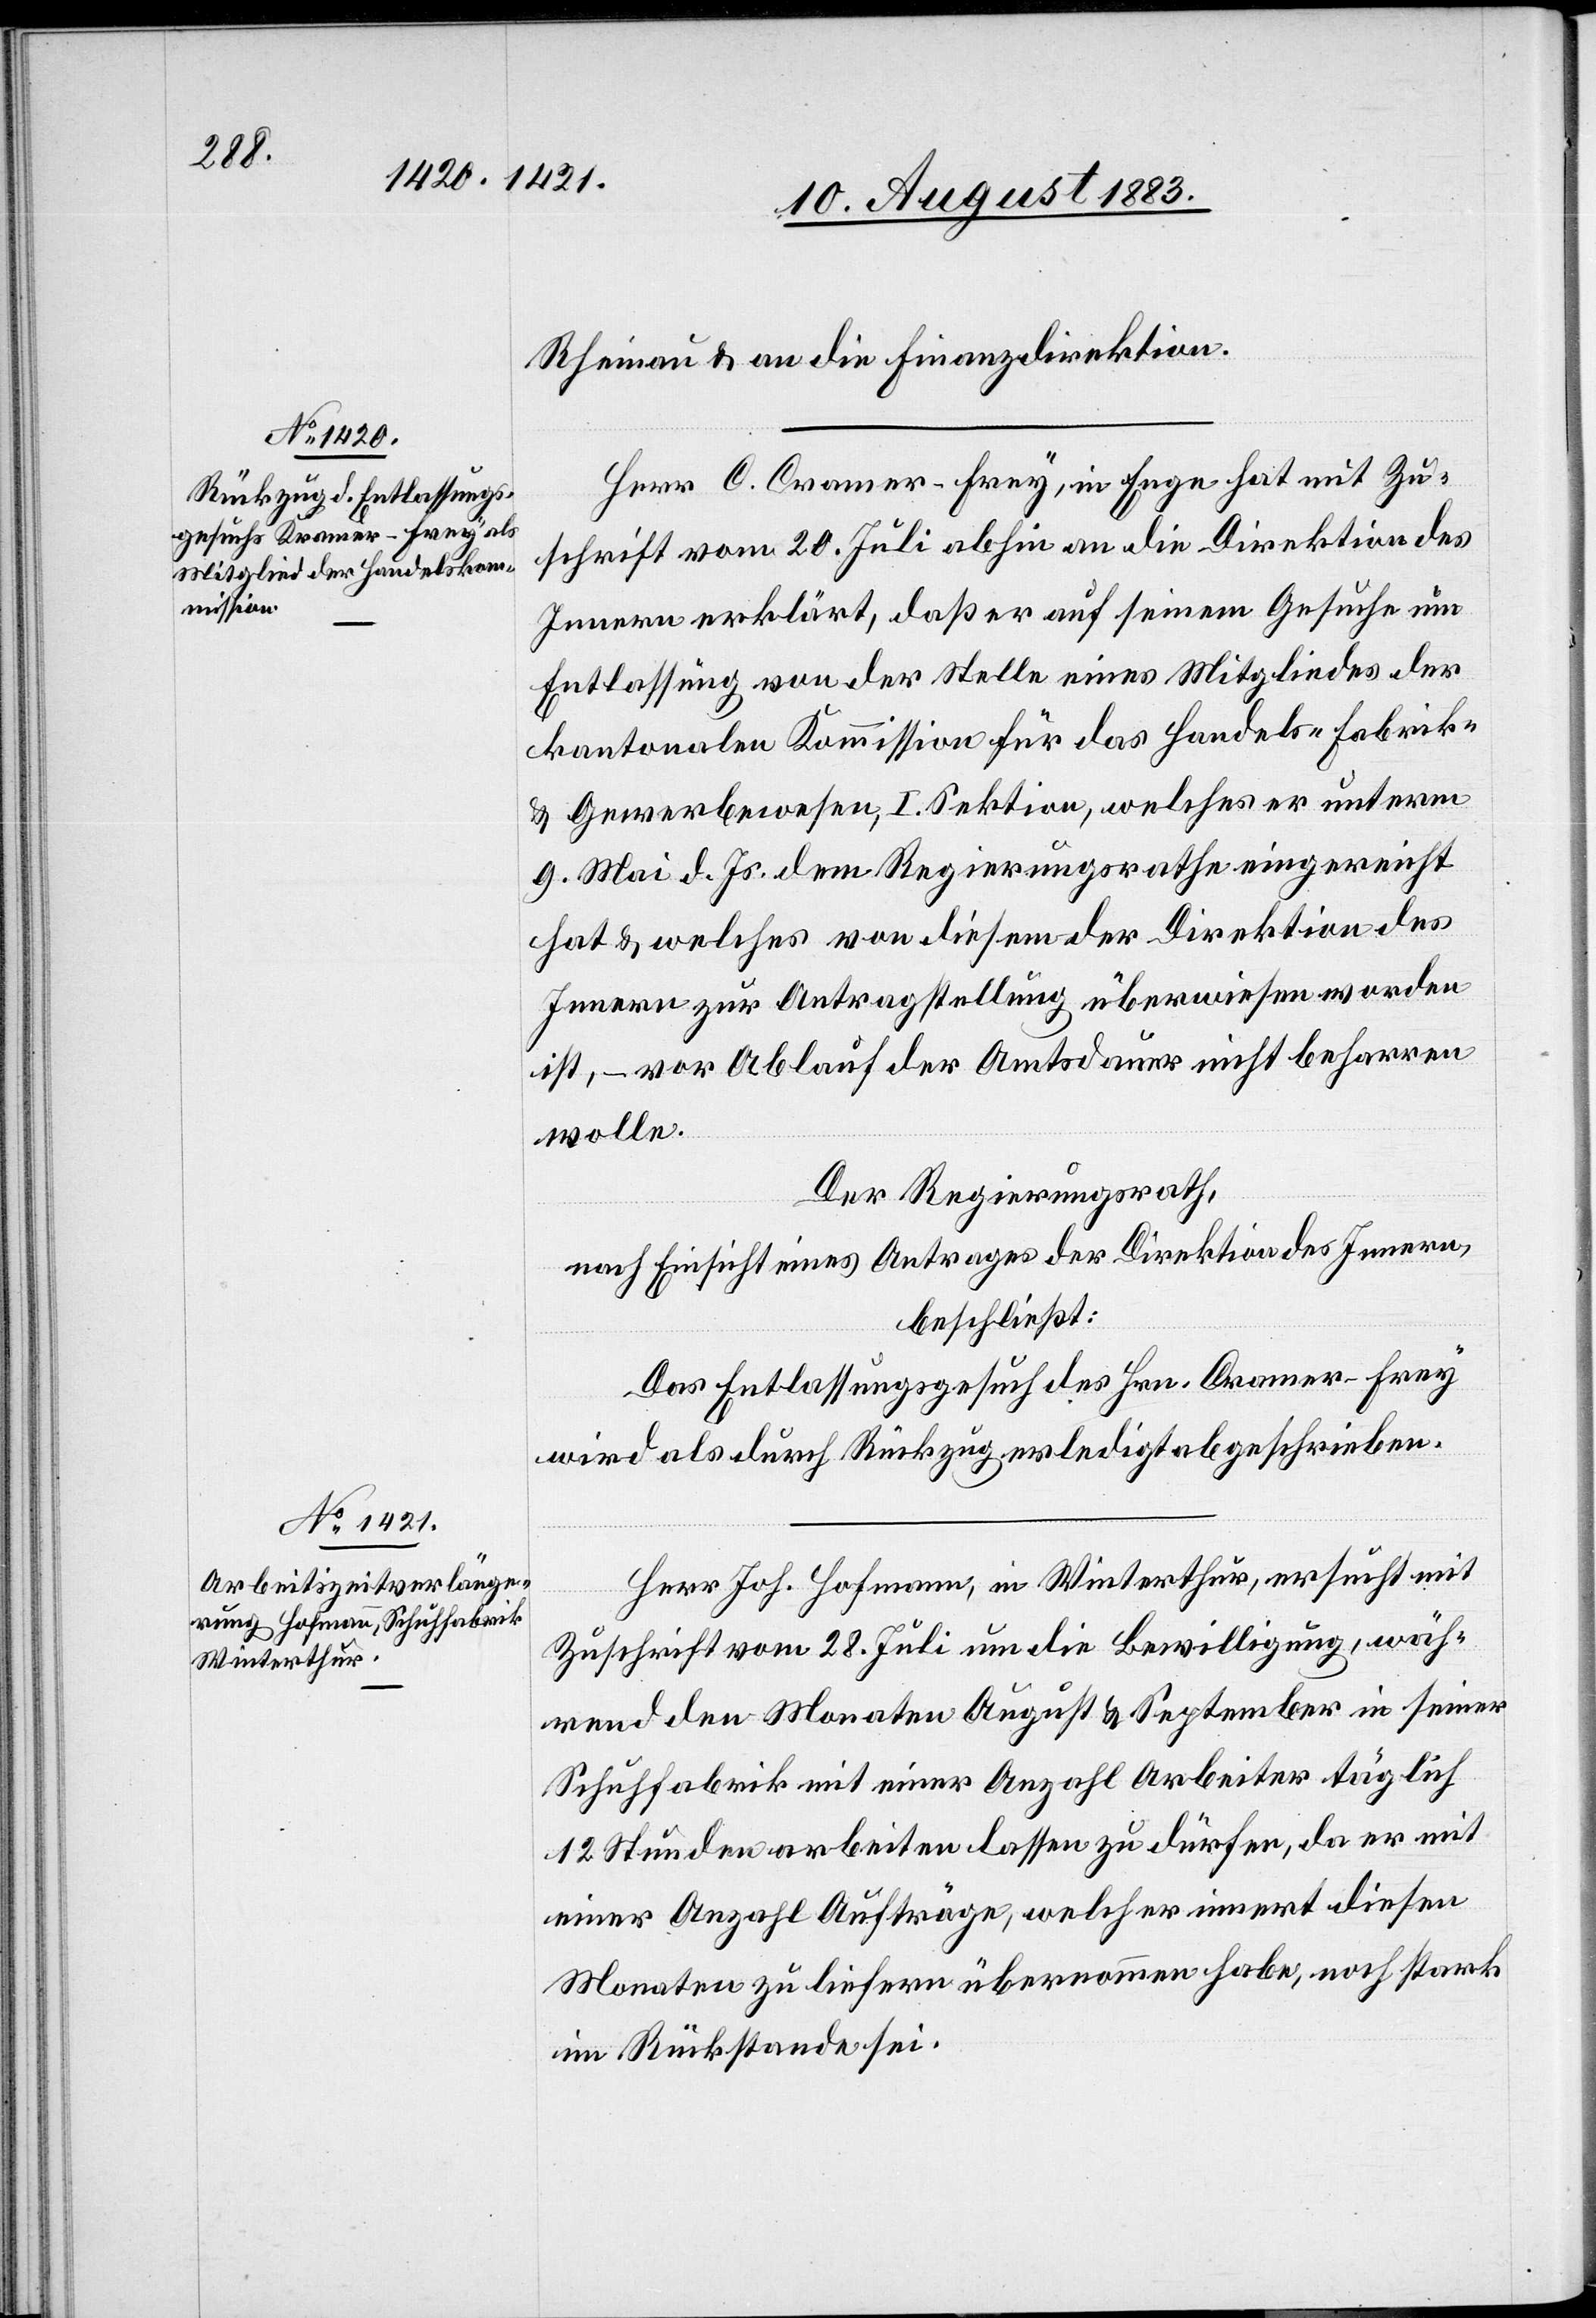
Rheinau & an die Finanzdirektion.
Herr C. Cramer-Frey [sic!], in Enge hat mit Zu¬
schrift vom 20. Juli abhin an die Direktion des
Innern erklärt, daß er auf seinem Gesuche um
Entlassung von der Stelle eines Mitgliedes der
kantonalen Kommission für das Handels-[,] Fabrik-
& Gewerbewesen, I. Sektion, welches er unterm
9. Mai d. Js. dem Regierungsrathe eingereicht
hat & welches von diesem der Direktion des
Innern zur Antragstellung überwiesen worden
ist, – vor Ablauf der Amtsdauer nicht beharren
wolle.
Der Regierungsrath,
nach Einsicht eines Antrages der Direktion des Innern,
beschließt:
Das Entlassungsgesuch des Hrn. Cramer-Frey
wird als durch Rückzug erledigt abgeschrieben.
Herr Joh. Hofmann, in Winterthur, ersucht mit
Zuschrift vom 28. Juli um die Bewilligung, wäh¬
rend den Monaten August & September in seiner
Schuhfabrik mit einer Anzahl Arbeiter täglich
12 Stunden arbeiten lassen zu dürfen, da er mit
einer Anzahl Aufträge, welche er innert diesen
Monaten zu liefern übernommen habe, noch stark
im Rückstande sei.